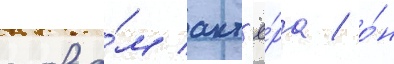
слова́м акт'ё́ра / о́н